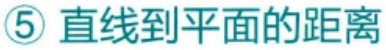
\textcircled{5} 直线到平面的距离